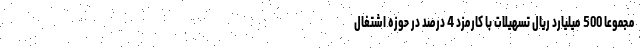
مجموعاً 500 میلیارد ریال تسهیلات با کارمزد 4 درصد در حوزه اشتغال